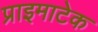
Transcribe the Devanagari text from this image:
प्राइमाटेक